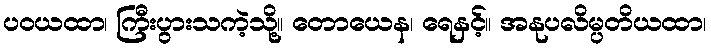
ပဝယထာ၊ ကြီးပွားသကဲ့သို့။ တောယေန၊ ရေနှင့်။ အနုပလိမ္ပတိယထာ၊